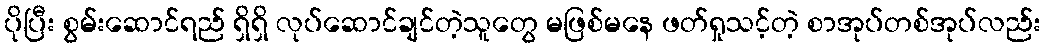
ပိုပြီး စွမ်းဆောင်ရည် ရှိရှိ လုပ်ဆောင်ချင်တဲ့သူတွေ မဖြစ်မနေ ဖတ်ရှုသင့်တဲ့ စာအုပ်တစ်အုပ်လည်း